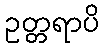
ဥတ္တရာပိ